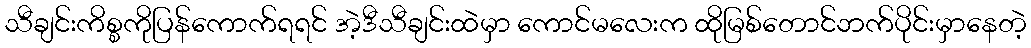
သီချင်းကိစ္စကိုပြန်ကောက်ရရင် အဲ့ဒီသီချင်းထဲမှာ ကောင်မလေးက ထိုမြစ်တောင်ဘက်ပိုင်းမှာနေတဲ့